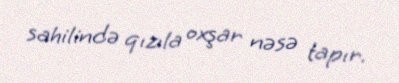
sahilində qızıla oxşar nəsə tapır.